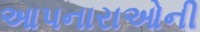
આપનારાઓની